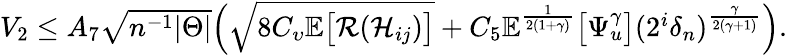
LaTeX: \begin{array}{r}{V_{2}\leq A_{7}\sqrt{n^{-1}|\Theta|}\Big(\sqrt{8C_{\upsilon}\mathbb{E}\big[\mathcal{R}(\mathcal{H}_{ij})\big]}+C_{5}\mathbb{E}^{\frac{1}{2(1+\gamma)}}\big[\Psi_{u}^{\gamma}\big](2^{i}\delta_{n})^{\frac{\gamma}{2(\gamma+1)}}\Big).}\end{array}